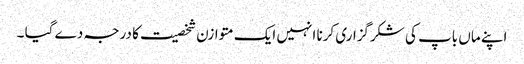
اپنے ماں باپ کی شکرگزاری کرنا انہیں ایک متوازن شخصیت کا درجہ دے گیا ۔